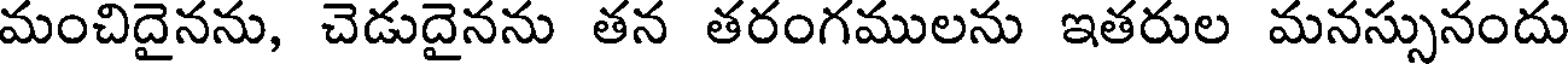
మంచిదైనను, చెడుదైనను తన తరంగములను ఇతరుల మనస్సునందు